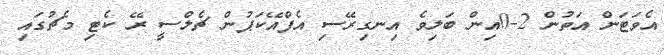
އެވަޓަން އަތުން 2-0އިން ބަލިވެ އިނގިރޭސި އެފްއޭކަޕުން ޗެލްސީ ރޭ ކެޓި މެޗުގައި